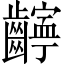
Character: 𫜧